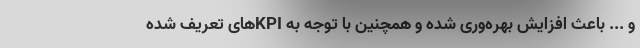
و ... باعث افزایش بهره‌وری شده و همچنین با توجه به KPIهای تعریف شده